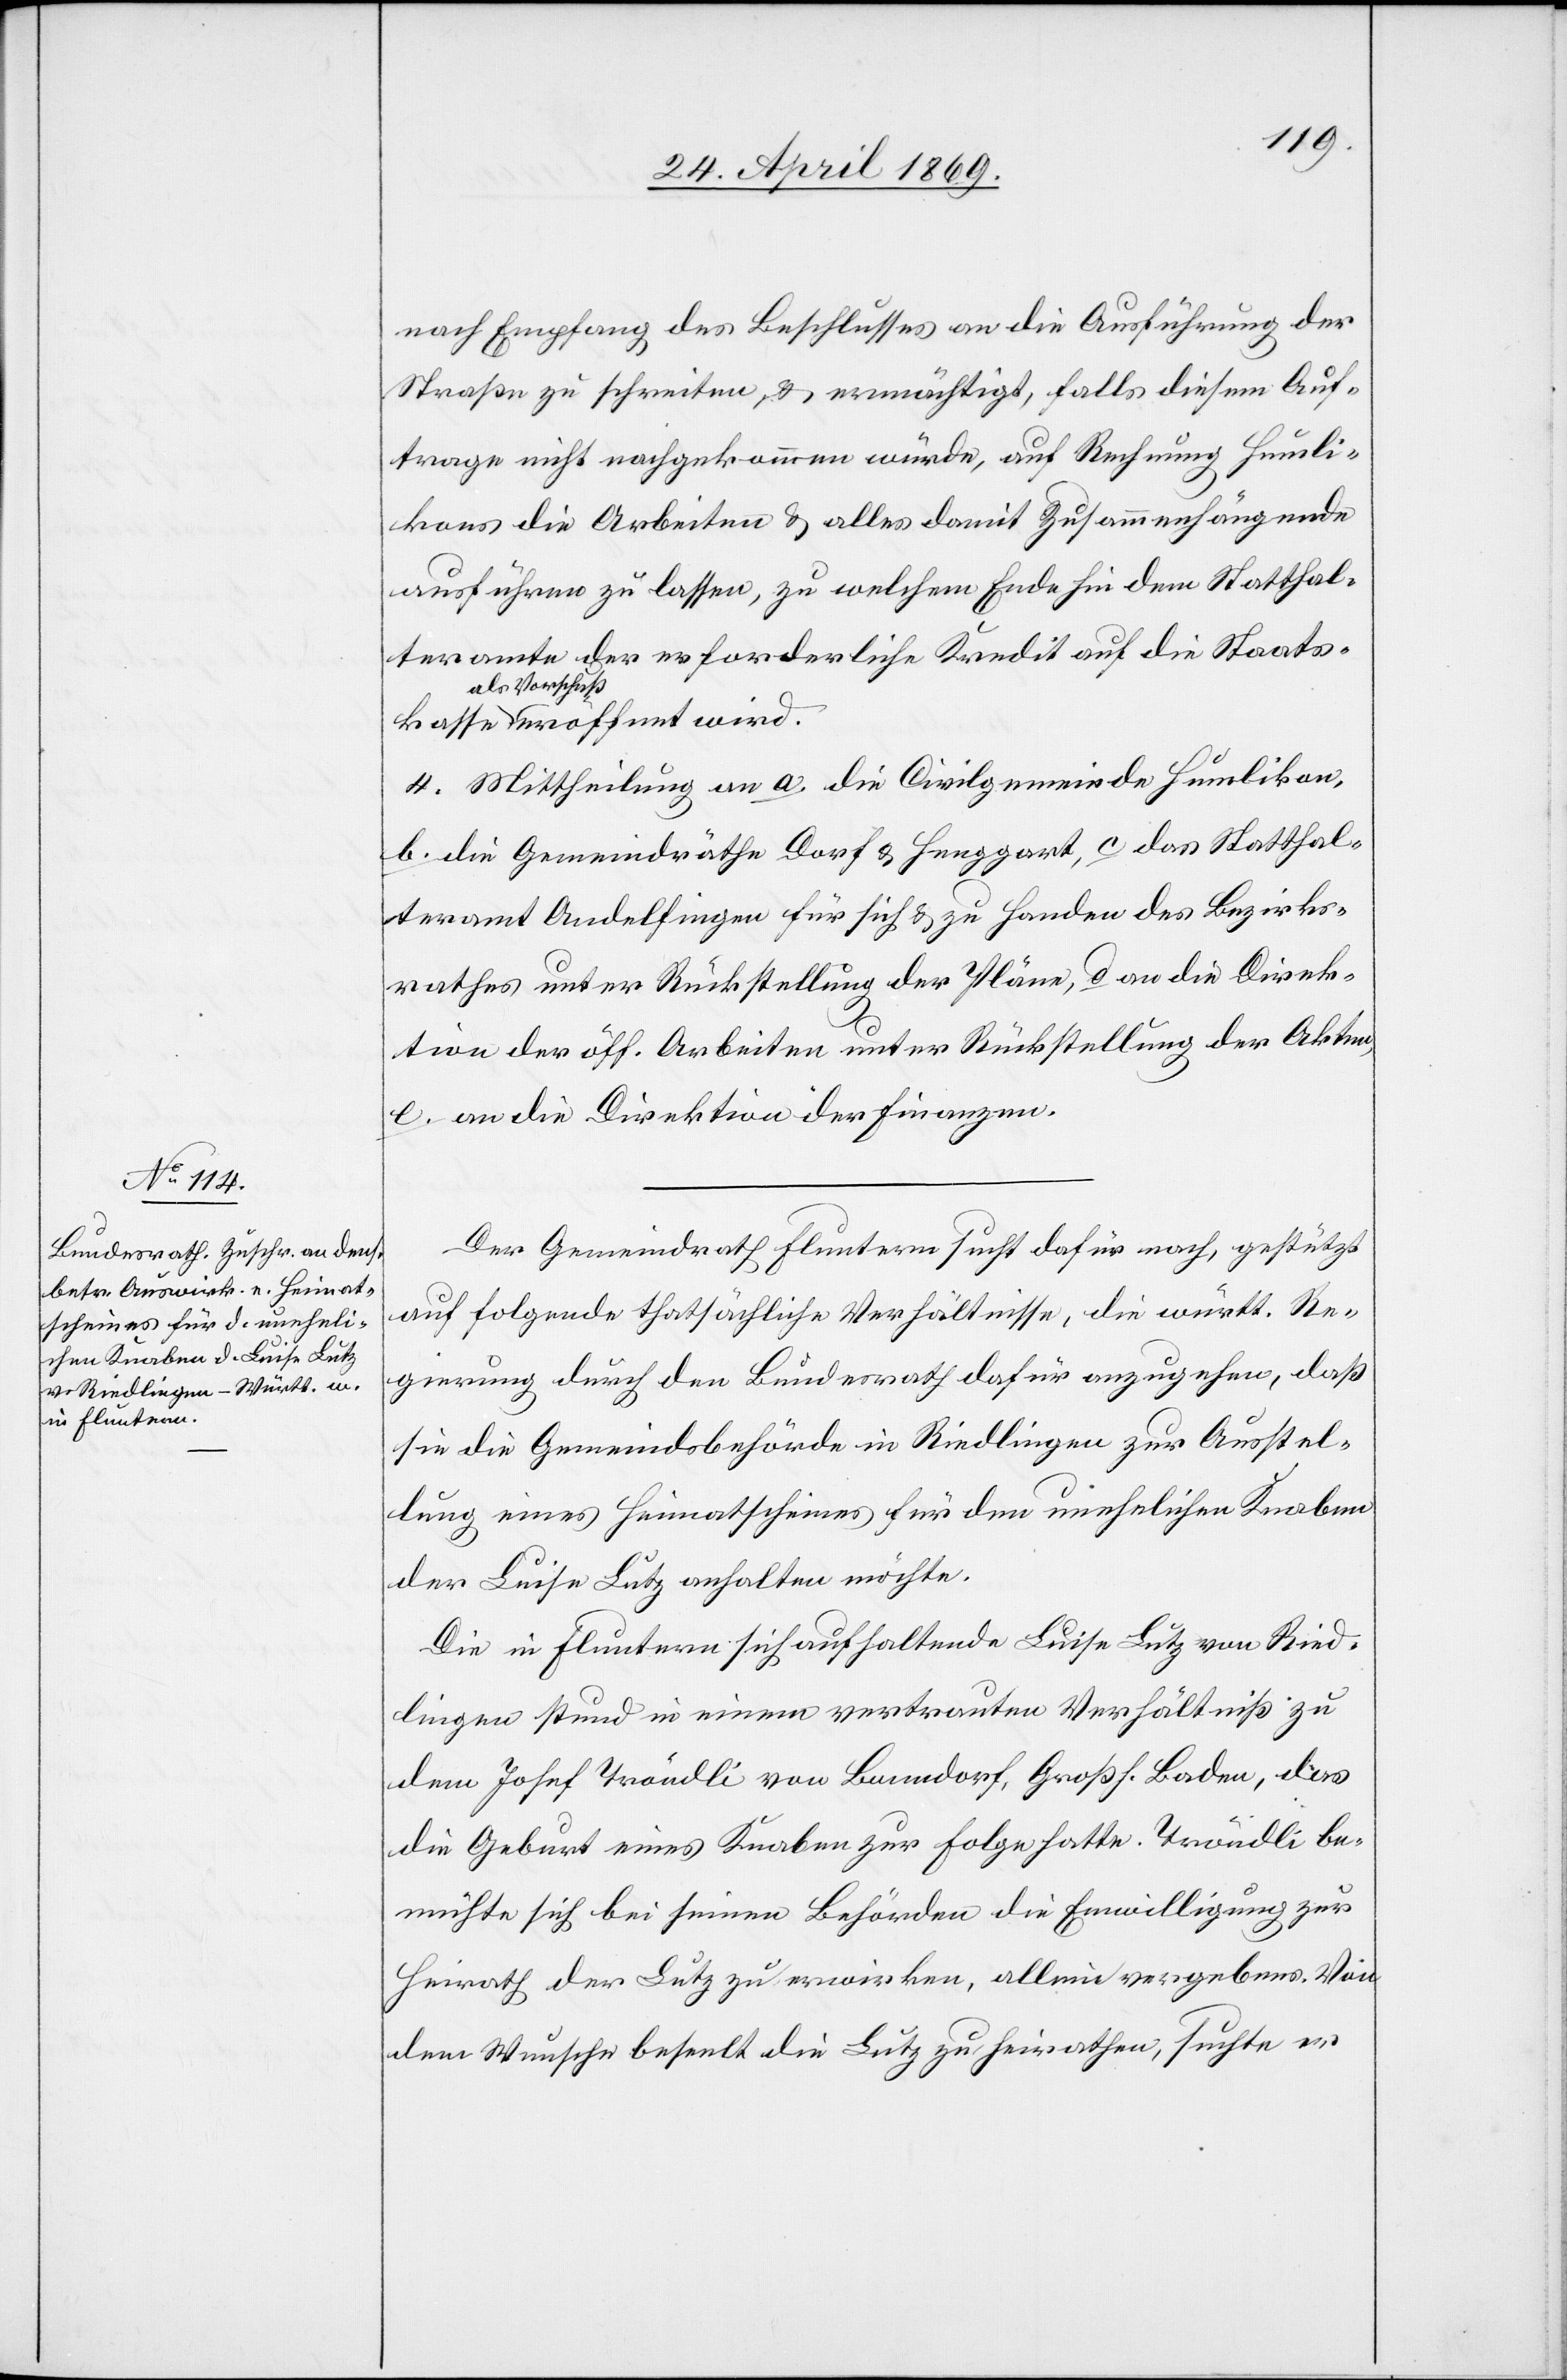
nach Empfang des Beschlusses an die Ausführung der
Straßen zu schreiten, u. ermächtigt, falls diesem Auf¬
trage nicht nachgekommen würde, auf Rechnung Humli¬
kons die Arbeiten u. alles damit Zusammenhängende
ausführen zu lassen, zu welchem Ende hin dem Statthal¬
teramte der erforderliche Kredit auf die Staatskasse
als Vorschuß
4. Mittheilung an a die Civilgemeinde Humlikon,
b. die Gemeindräthe Dorf u. Henggart, c. das Statthal¬
teramt Andelfingen für sich u. zu Handen des Bezirks¬
rathes unter Rückstellung der Pläne, d. an die Direk¬
tion der öff. Arbeiten unter Rückstellung der Akten,
e. an die Direktion der Finanzen.
Der Gemeindrath Fluntern sucht dafür nach, gestützt
auf folgende thatsächliche Verhältnisse, die württ. Re¬
gierung durch den Bundesrath dafür anzugehen, daß
sie die Gemeindsbehörden in Riedlingen zur Ausstel¬
lung eines Heimatscheines für den unehelichen Knaben
der Luise Lutz anhalten möchte.
Die in Fluntern sich aufhaltende Luise Lutz von Ried¬
lingen stund [sic!] in einem vertrauten Verhältniß zu
dem Josef Tröndli von Banndorf, Groß. Baden, das
die Geburt eines Knaben zur Folge hatte. Tröndli be¬
mühte sich bei seinen Behörden die Einwilligung zur
Heirath der Lutz zu erwirken, allein vergebens. Von
dem Wunsche beseelt die Lutz zu heirathen, suchte er